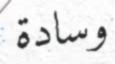
وسادة